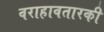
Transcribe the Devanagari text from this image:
वराहावतारकी